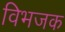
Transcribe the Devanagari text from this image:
विभजक